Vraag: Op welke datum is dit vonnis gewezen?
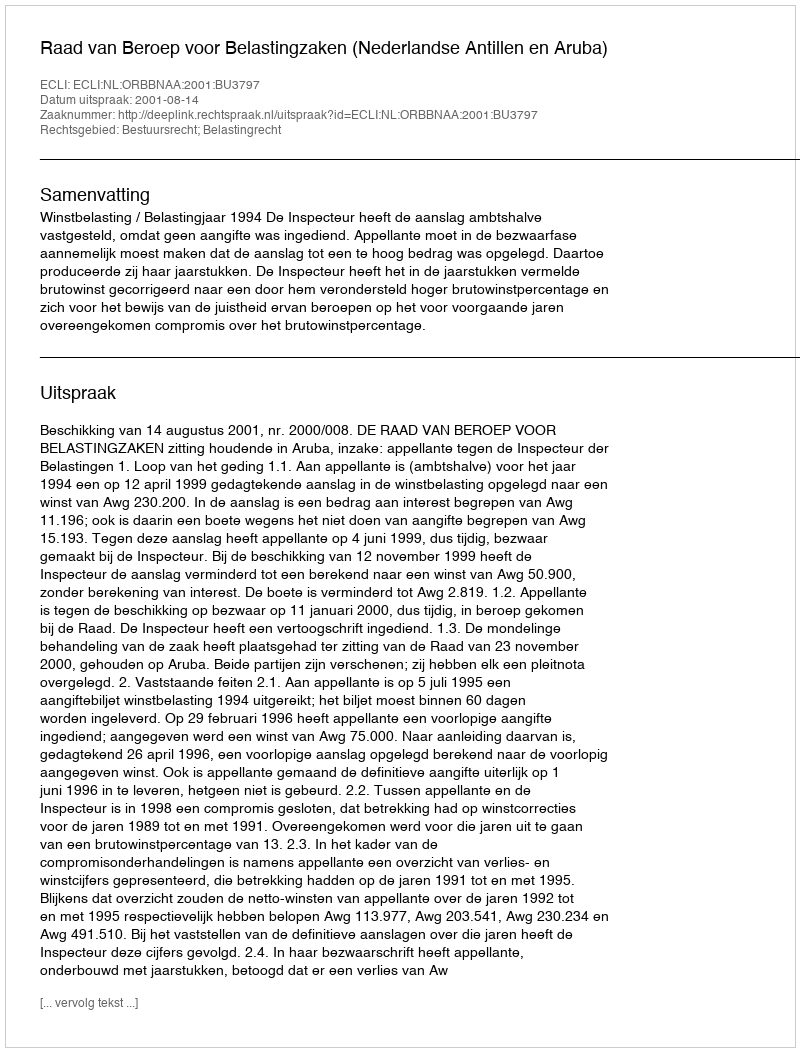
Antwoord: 2001-08-14